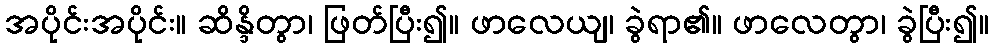
အပိုင်းအပိုင်း။ ဆိန္ဒိတွာ၊ ဖြတ်ပြီး၍။ ဖာလေယျ၊ ခွဲရာ၏။ ဖာလေတွာ၊ ခွဲပြီး၍။